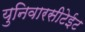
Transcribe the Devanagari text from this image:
युनिवारसीटेईट